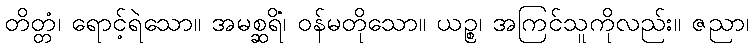
တိတ္တံ၊ ရောင့်ရဲသော။ အမစ္ဆရိံ၊ ဝန်မတိုသော။ ယဉ္စ၊ အကြင်သူကိုလည်း။ ဇညာ၊